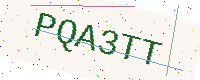
Text: PQA3TT